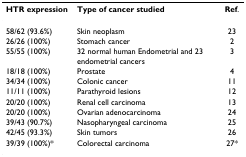
<table><thead><tr><td><b>HTR expression</b></td><td><b>Type of cancer studied</b></td><td><b>Ref.</b></td></tr></thead><tbody><tr><td>58/62 (93.6%)</td><td>Skin neoplasm</td><td>23</td></tr><tr><td>26/26 (100%)</td><td>Stomach cancer</td><td>2</td></tr><tr><td>55/55 (100%)</td><td>32 normal human Endometrial and 23 endometrial cancers</td><td>3</td></tr><tr><td>18/18 (100%)</td><td>Prostate</td><td>4</td></tr><tr><td>34/34 (100%)</td><td>Colonic cancer</td><td>11</td></tr><tr><td>11/11 (100%)</td><td>Parathyroid lesions</td><td>12</td></tr><tr><td>20/20 (100%)</td><td>Renal cell carcinoma</td><td>13</td></tr><tr><td>20/20 (100%)</td><td>Ovarian adenocarcinoma</td><td>24</td></tr><tr><td>39/43 (90.7%)</td><td>Nasopharyngeal carcinoma</td><td>25</td></tr><tr><td>42/45 (93.3%)</td><td>Skin tumors</td><td>26</td></tr><tr><td>39/39 (100%)*</td><td>Colorectal carcinoma</td><td>27*</td></tr></tbody></table>